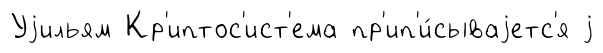
Уjильям Кр'иптос'ист'ема пр'ип'и́сываjетс'я j